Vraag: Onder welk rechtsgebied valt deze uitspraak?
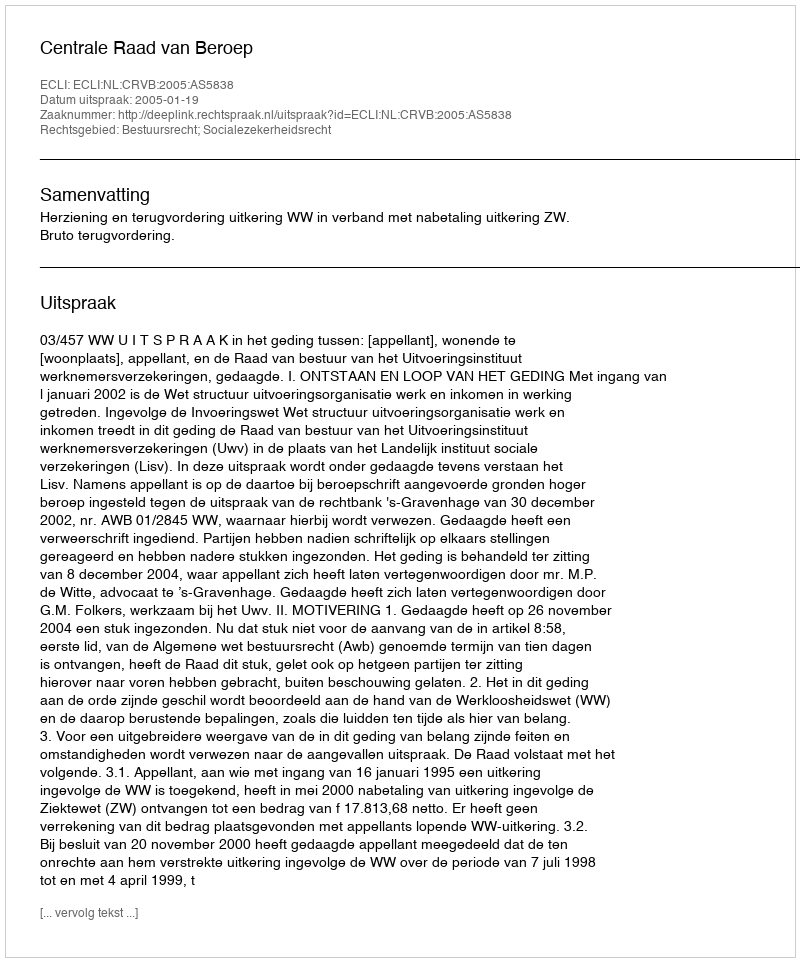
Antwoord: Bestuursrecht; Socialezekerheidsrecht